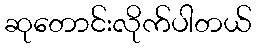
ဆုတောင်းလိုက်ပါတယ်